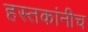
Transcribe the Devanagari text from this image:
हस्तकांनीच